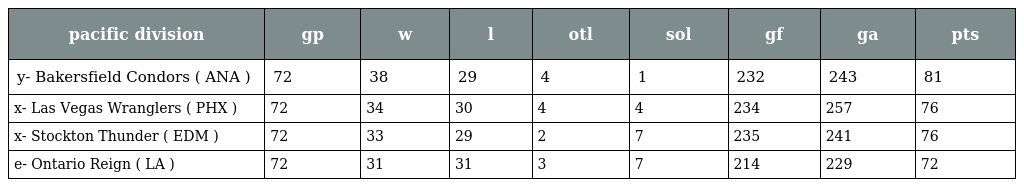
| pacific division | gp | w | l | otl | sol | gf | ga | pts |
 | --- | --- | --- | --- | --- | --- | --- | --- | --- |
 | y- Bakersfield Condors ( ANA ) | 72 | 38 | 29 | 4 | 1 | 232 | 243 | 81 |
 | x- Las Vegas Wranglers ( PHX ) | 72 | 34 | 30 | 4 | 4 | 234 | 257 | 76 |
 | x- Stockton Thunder ( EDM ) | 72 | 33 | 29 | 2 | 7 | 235 | 241 | 76 |
 | e- Ontario Reign ( LA ) | 72 | 31 | 31 | 3 | 7 | 214 | 229 | 72 |